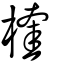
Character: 楏